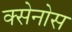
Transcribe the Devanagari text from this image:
क्सेनोस